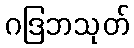
ဂဒြဘသုတ်